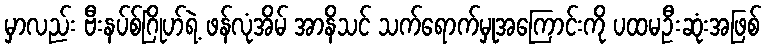
မှာလည်း ဗီးနပ်စ်ဂြိုဟ်ရဲ့ ဖန်လုံအိမ် အာနိသင် သက်ရောက်မှုအကြောင်းကို ပထမဦးဆုံးအဖြစ်